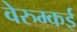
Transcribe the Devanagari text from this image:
वेरुम्कई